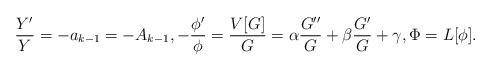
LaTeX: \begin{align*} \frac{Y'}Y = - a_{k-1} = - A_{k-1}, - \frac{\phi'}{\phi} = \frac{V[G]}{G} = \alpha \frac{G''}{G} + \beta \frac{G'}{G} + \gamma , \Phi = L[ \phi ] .\end{align*}